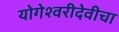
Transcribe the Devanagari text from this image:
योगेश्वरीदेवीचा